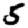
Digit: 5